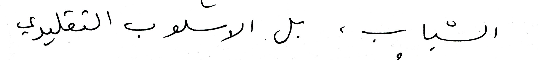
الشباب، بل الاسلوب التقليدي